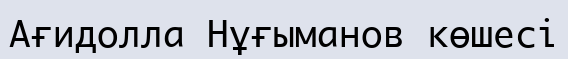
Ағидолла Нұғыманов көшесі